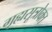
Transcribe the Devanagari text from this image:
गृह्यसूत्रोक्त